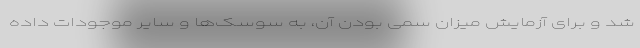
شد و برای آزمایش میزان سمی بودن آن، به سوسک‌ها و سایر موجودات داده